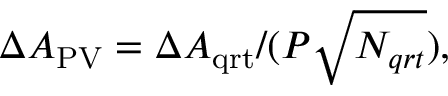
\Delta A _ { \mathrm { { P V } } } = \Delta A _ { \mathrm { { q r t } } } / ( P \sqrt { N _ { q r t } } ) ,